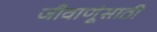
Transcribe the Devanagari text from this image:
जीवाणूंसाठी